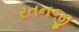
રતનજી